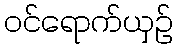
ဝင်ရောက်ယှဉ်